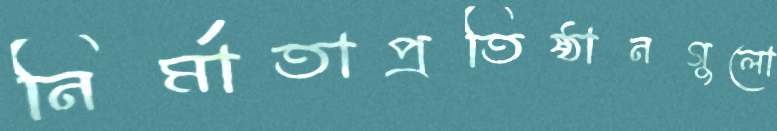
নির্মাতাপ্রতিষ্ঠানগুলো